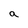
Character: a